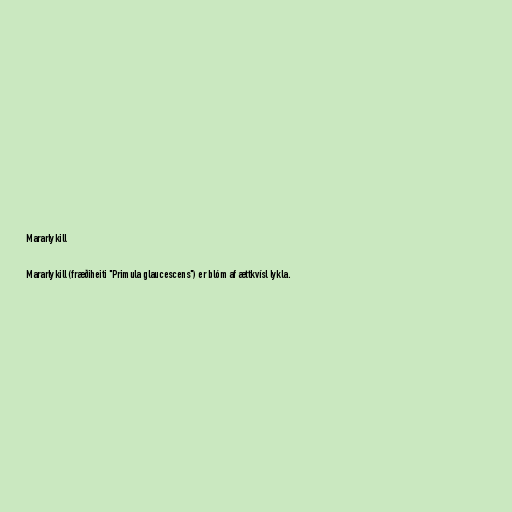
Mararlykill

Mararlykill (fræðiheiti "Primula glaucescens") er blóm af ættkvísl lykla.